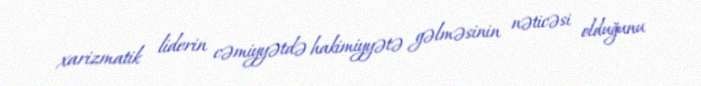
xarizmatik liderin cəmiyyətdə hakimiyyətə gəlməsinin nəticəsi olduğunu